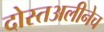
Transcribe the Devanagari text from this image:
दोस्तअलीनेच